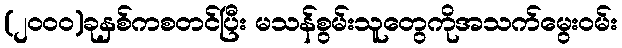
(၂၀၀၀)ခုနှစ်ကစတင်ပြီး မသန်စွမ်းသူတွေကိုအသက်မွေးဝမ်း